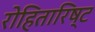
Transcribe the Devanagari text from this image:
रोहितारिष्ट